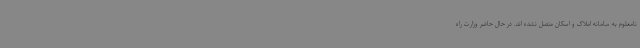
نامعلوم به سامانه املاک و اسکان متصل نشده اند. در حال حاضر وزارت راه